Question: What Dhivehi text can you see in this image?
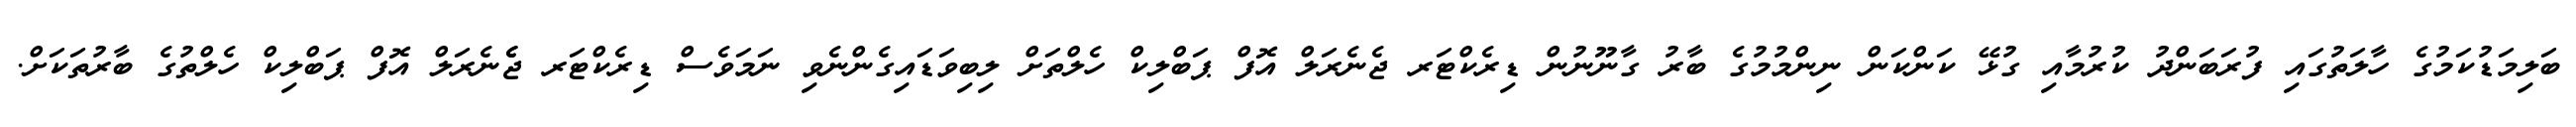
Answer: ބަލިމަޑުކަމުގެ ހާލަތުގައި ފުރަބަންދު ކުރުމާއި ގުޅޭ ކަންކަން ނިންމުމުގެ ބާރު ގާނޫނުން ޑިރެކްޓަރ ޖެނެރަލް އޮފް ޕަބްލިކް ހެލްތަށް ލިބިވަޑައިގެންނެވި ނަމަވެސް ޑިރެކްޓަރ ޖެެނެރަލް އޮފް ޕަބްލިކް ހެލްތުގެ ބާރުތަކަށް.